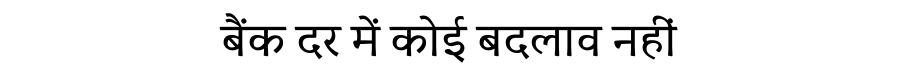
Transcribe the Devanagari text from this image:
बैंक दर में कोई बदलाव नहीं